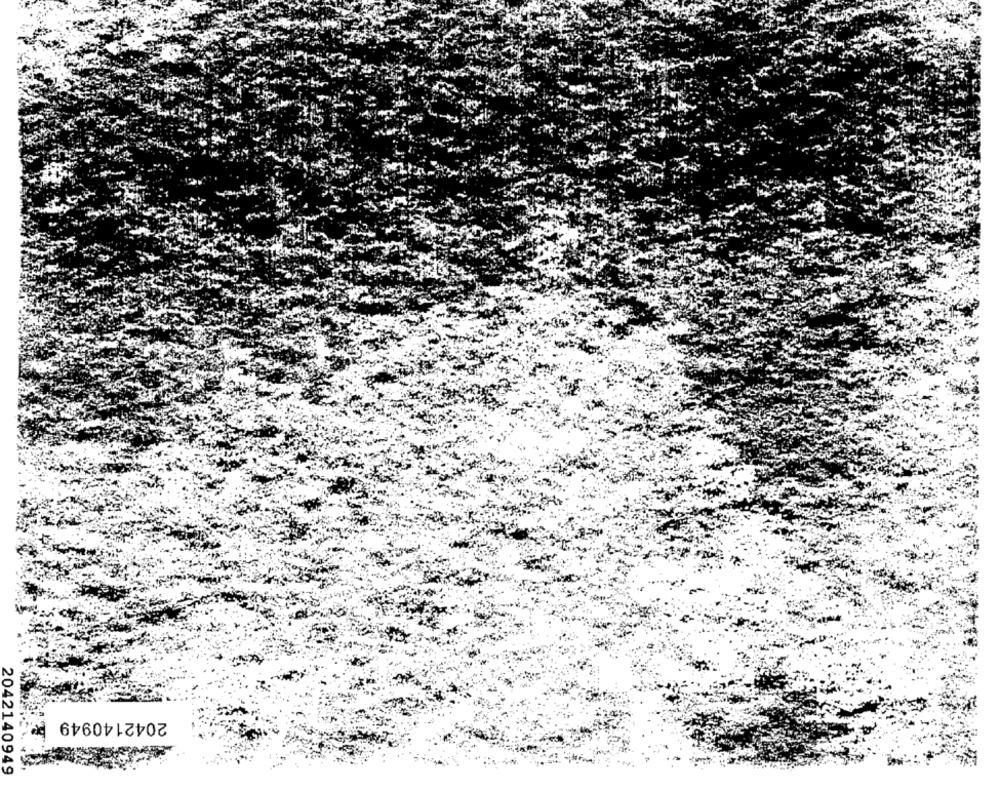
2042140949
2042140949